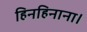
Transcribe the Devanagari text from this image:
हिनहिनाना।